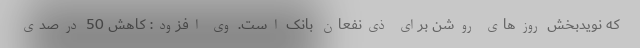
که نویدبخش روزهای روشن برای ذی‌نفعان بانک است. وی افزود: کاهش 50 درصدی